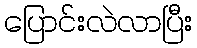
ပြောင်းလဲလာပြီး